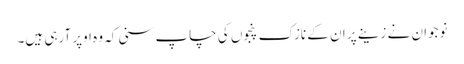
نوجوان نے زینے پر ان کے نازک پنجوں کی چاپ سنی کہ وہ اوپر آرہی ہیں۔